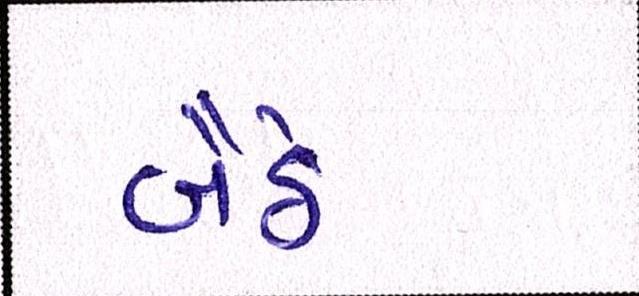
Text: બૈઠે